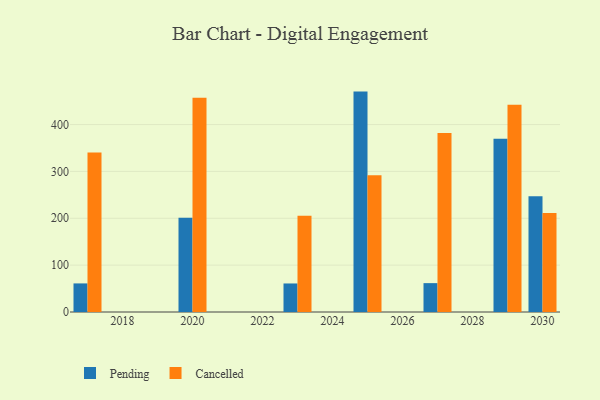
{"axis": {"x": "Year", "y": "Satisfaction Score"}, "legend": ["Cancelled", "Pending"], "data": [{"x": "2020", "y": 201.1, "type": "Pending"}, {"x": "2020", "y": 457.3, "type": "Cancelled"}, {"x": "2027", "y": 61.6, "type": "Pending"}, {"x": "2027", "y": 382.1, "type": "Cancelled"}, {"x": "2023", "y": 60.9, "type": "Pending"}, {"x": "2023", "y": 205.5, "type": "Cancelled"}, {"x": "2029", "y": 369.9, "type": "Pending"}, {"x": "2029", "y": 442.5, "type": "Cancelled"}, {"x": "2017", "y": 61.0, "type": "Pending"}, {"x": "2017", "y": 340.3, "type": "Cancelled"}, {"x": "2030", "y": 246.9, "type": "Pending"}, {"x": "2030", "y": 211.2, "type": "Cancelled"}, {"x": "2025", "y": 470.3, "type": "Pending"}, {"x": "2025", "y": 291.9, "type": "Cancelled"}]}